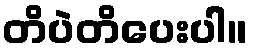
တိပဲတိပေးပါ။